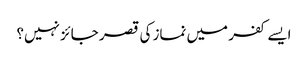
ایسے کفر میں نماز کی قصر جائز نہیں؟